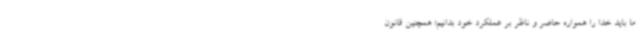
ما باید خدا را همواره حاضر و ناظر بر عملکرد خود بدانیم؛ همچنین قانون